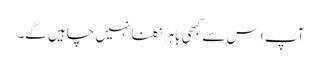
آپ اِس سے کبھی باہر نکلنا نہیں چاہیں گے۔